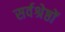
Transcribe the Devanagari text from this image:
सर्वश्रेष्ठों